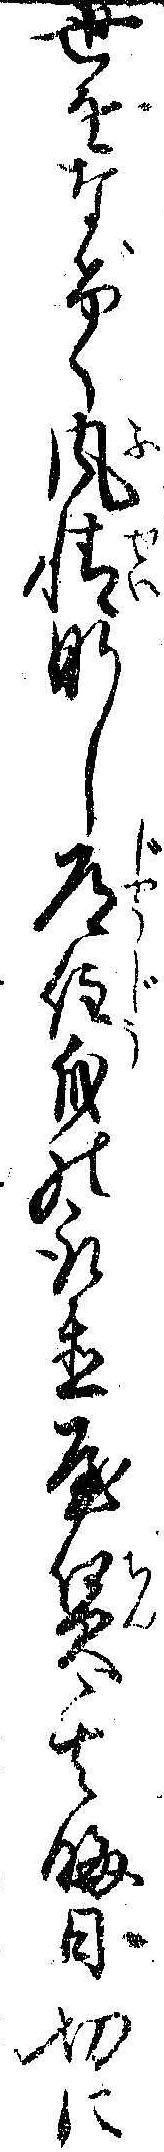
世をなげく風情なし常住身の取置屋賃其晦日切に